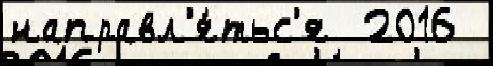
направл'я́тьс'я  2016